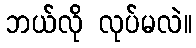
ဘယ်လို လုပ်မလဲ။